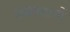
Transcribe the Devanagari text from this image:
कदरदानों